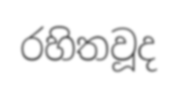
රහිතවූද